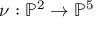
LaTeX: \nu : \mathbb { P } ^ { 2 } \to \mathbb { P } ^ { 5 }